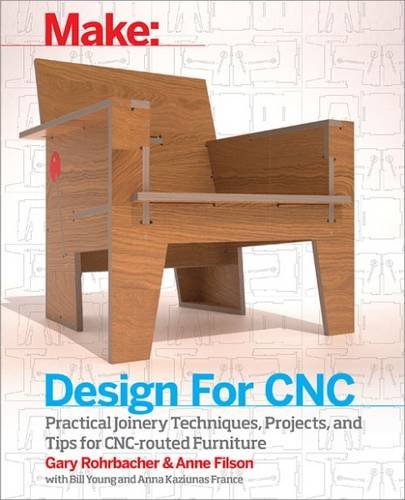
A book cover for Make: Design for CNC: Practical Joinery Techniques, Projects, and Tips for CNC-routed Furniture; Gary Rohrbacher; Crafts, Hobbies & Home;